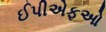
ઈપીએફઓ